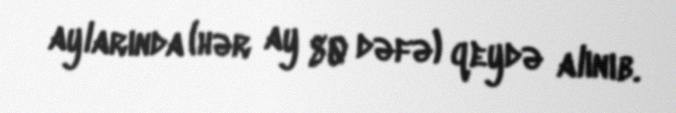
aylarında (hər ay 80 dəfə) qeydə alınıb.